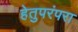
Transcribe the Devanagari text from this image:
हेतुपरंपरा